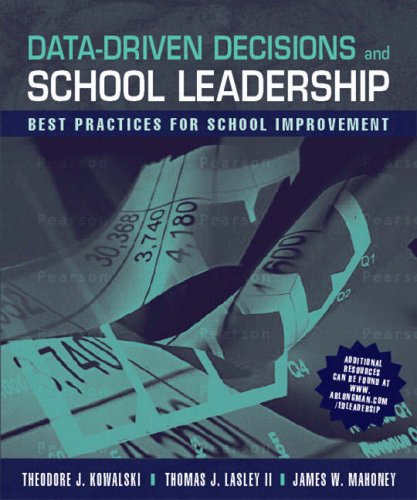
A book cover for Data-Driven Decisions and School Leadership: Best Practices for School Improvement; Theodore J. Kowalski; Education & Teaching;